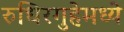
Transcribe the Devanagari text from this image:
रुधिरगुहेमध्ये